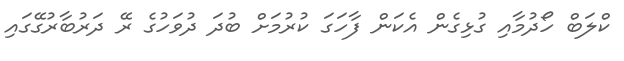
ކްލަބް ހޯދުމާއި ގުޅިގެން އެކަން ފާހަގަ ކުރުމަށް ބުދަ ދުވަހުގެ ރޭ ދަރުބާރުގޭގައި